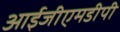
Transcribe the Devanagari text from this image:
आईजीएमडीपी